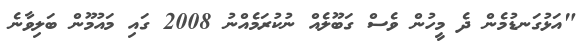
"އަޅުގަނޑުމެން ދެ މީހުން ވެސް ގަބޫލެއް ނުކުރަމެއްނު 2008 ގައި މައުމޫން ބަލިވާނެ